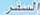
السفر